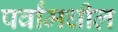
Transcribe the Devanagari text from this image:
पर्वांमधील